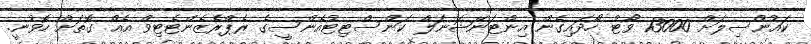
ކައުންސިލަށް 13000 ވޯޓު ހޯދައިގެން އިންޓަނޭޝަނަލް ކަންސްޓިޓުއެންސީގެ ރެޕްރެޒެންޓެޓިވް އެއް ގޮތަށް ހޮވުނީ.